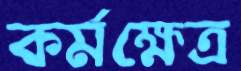
কর্মক্ষেত্র